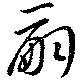
嗣